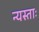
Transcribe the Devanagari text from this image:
न्यस्ताः